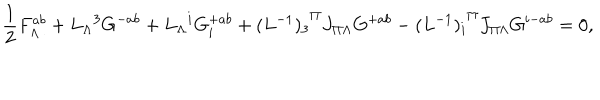
{ \frac { 1 } { 2 } } F _ { \Lambda } ^ { a b } + { L _ { \Lambda } } ^ { 3 } G ^ { - a b } + { L _ { \Lambda } } ^ { i } G _ { i } ^ { + a b } + { ( L ^ { - 1 } ) _ { 3 } } ^ { \Pi } J _ { \Pi \Lambda } G ^ { + a b } - { ( L ^ { - 1 } ) _ { i } } ^ { \Pi } J _ { \Pi \Lambda } G ^ { i - a b } = 0 ,